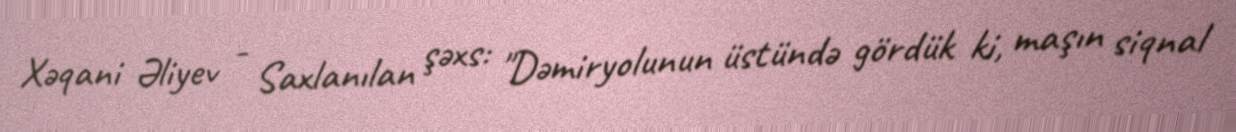
Xəqani Əliyev - Saxlanılan şəxs: "Dəmiryolunun üstündə gördük ki, maşın siqnal